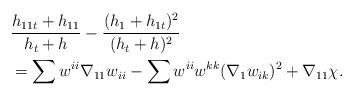
LaTeX: \begin{align*}&\frac{h_{11t}+ h_{11}}{h_{t}+h}-\frac{( h_{1}+h_{1t})^{2}}{(h_{t}+ h)^{2}}\\&=\sum w^{ii}\nabla_{11}w_{ii}-\sum w^{ii}w^{kk}(\nabla_{1}w_{ik})^{2}+\nabla_{11}\chi.\end{align*}